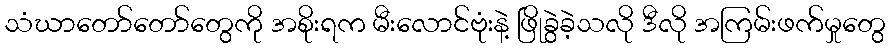
သံဃာတော်တော်တွေကို အစိုးရက မီးလောင်ဗုံးနဲ့ ဖြိုခွဲခဲ့သလို ဒီလို အကြမ်းဖက်မှုတွေ